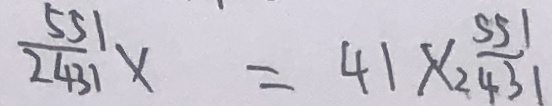
\frac { 5 5 1 } { 2 4 3 1 } x = 4 1 \times \frac { 5 5 1 } { 2 4 3 1 }